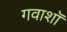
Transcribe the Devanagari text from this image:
गवाशॉ